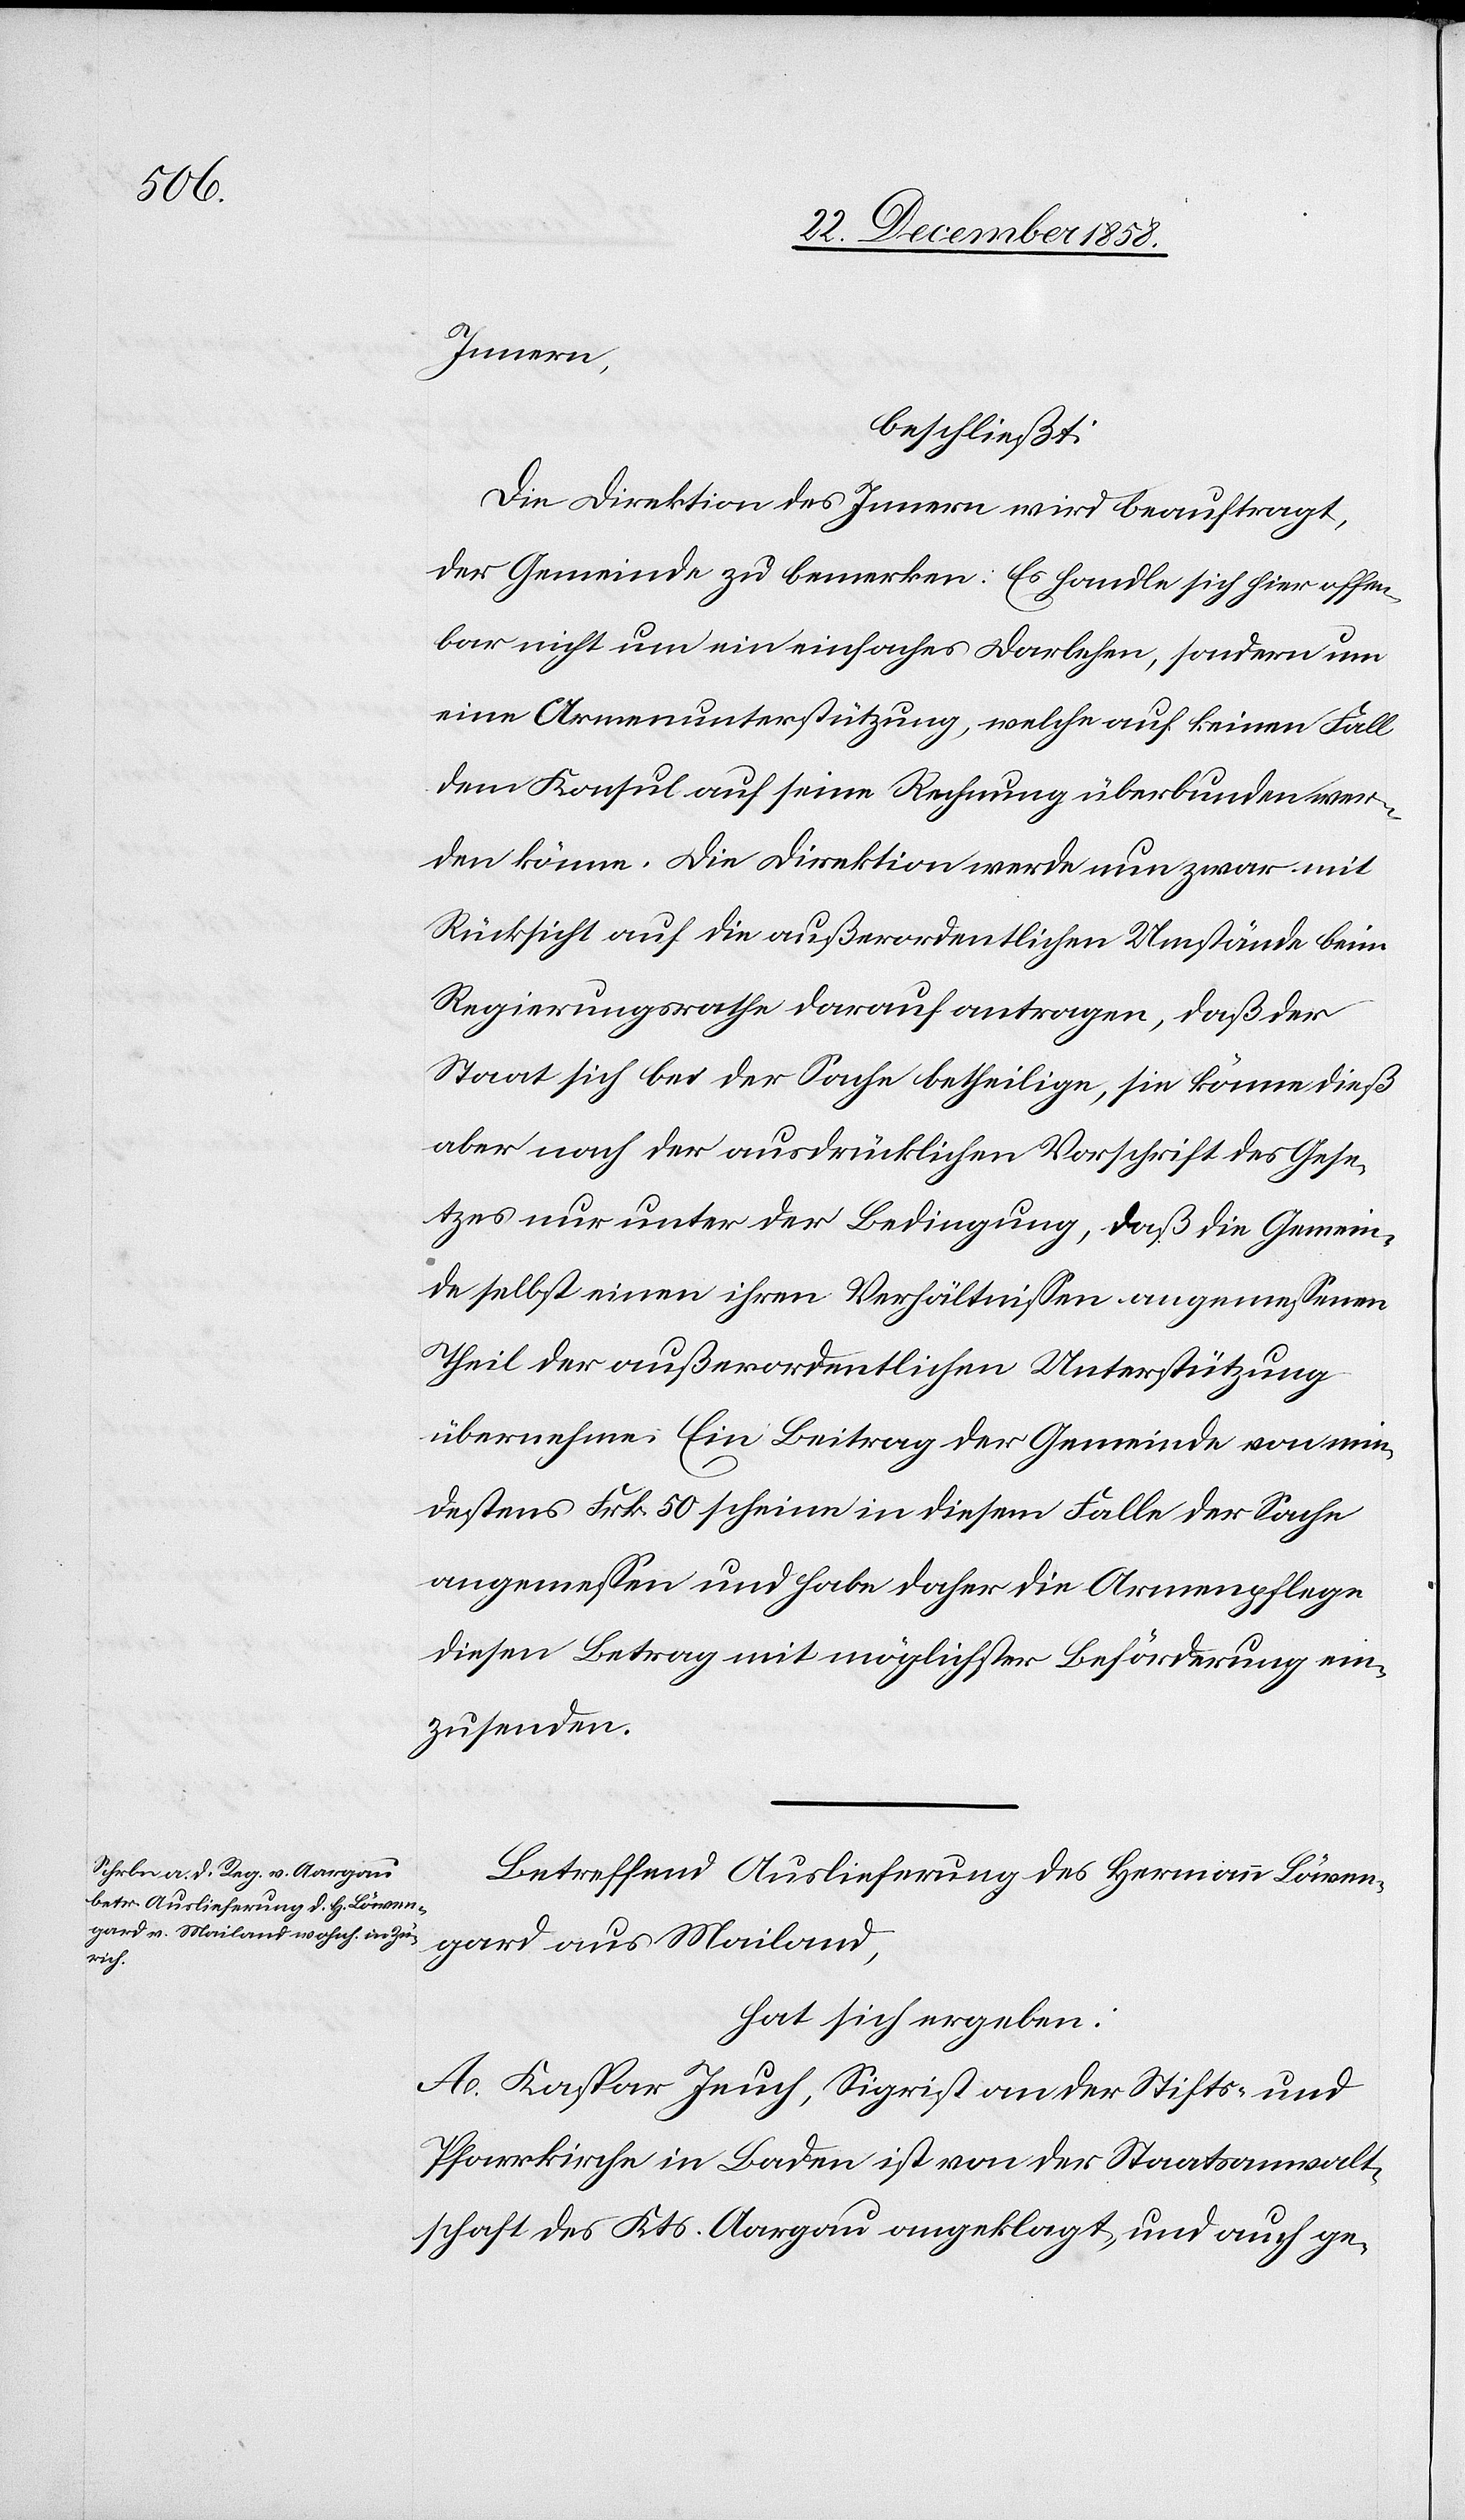
Bericht

Innern legt